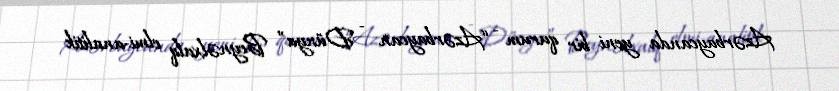
Azərbaycanda yeni bir qurum - “Azərbaycan - Dünya” Beynəlxalq elmi-analitik